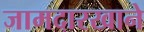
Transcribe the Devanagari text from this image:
जामदारखाने